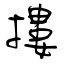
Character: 摟